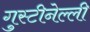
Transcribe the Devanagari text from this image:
गुस्टीनेल्ली